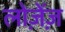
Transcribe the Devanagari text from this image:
लोज़ेंज़